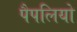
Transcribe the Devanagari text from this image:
पैपलियो